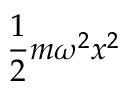
\frac { 1 } { 2 } m \omega ^ { 2 } x ^ { 2 }